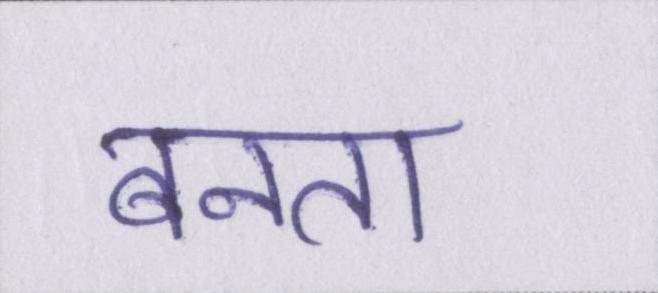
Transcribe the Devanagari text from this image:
बनता